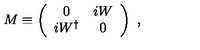
M \equiv \left( \begin{array} { c c } { 0 } & { i W } \\ { i W ^ { \dagger } } & { 0 } \\ \end{array} \right) \ ,